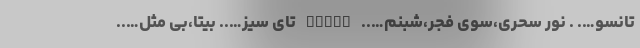
تانسو…. . نور سحری،سوی فجر،شبنم….. TANSU تای سیز….. بیتا،بی مثل…..